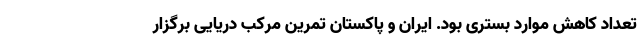
تعداد کاهش موارد بستری بود. ایران و پاکستان تمرین مرکب دریایی برگزار